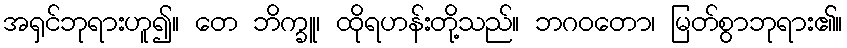
အရှင်ဘုရားဟူ၍။ တေ ဘိက္ခူ၊ ထိုရဟန်းတို့သည်။ ဘဂဝတော၊ မြတ်စွာဘုရား၏။